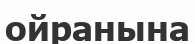
ойранына